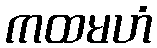
ကထမဟံ